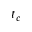
t _ { c }